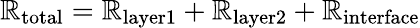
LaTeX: \mathbb{R}_{\textrm{{total}}}=\mathbb{R}_{\textrm{{layer1}}}+\mathbb{R}_{\textrm{{layer2}}}+\mathbb{R}_{\textrm{{interface}}}